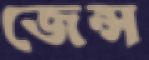
জেন্স